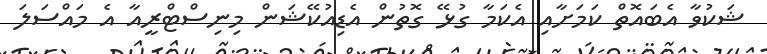
ޝަކުވާ އެބައޮތް ކަމަށާއި އެކަމާ ގުޅޭ ގޮތުން އެޑިއުކޭޝަން މިނިސްޓްރީއާ އެ މައްސަލަ